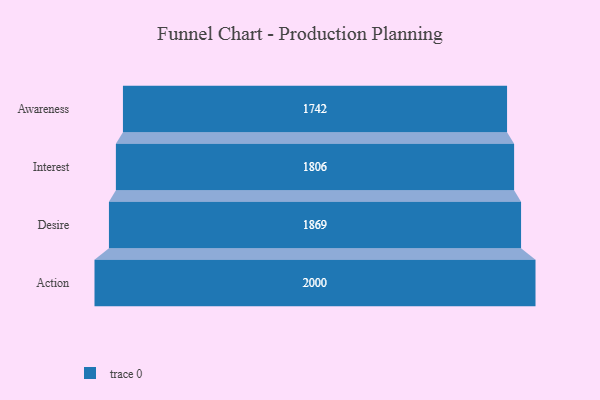
{"axis": {"x": "Stage", "y": "Value"}, "legend": [""], "data": [{"x": "Awareness", "y": 1742.0, "type": ""}, {"x": "Interest", "y": 1806.0, "type": ""}, {"x": "Desire", "y": 1869.0, "type": ""}, {"x": "Action", "y": 2000, "type": ""}]}